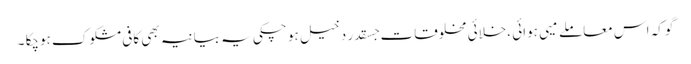
گو کہ اس معاملے میی ہوائی ،خلائی مخلوقات جسقدر دخیل ہو چکی یہ بیانیہ بھی کافی مشکوک ہوچکا ۔